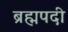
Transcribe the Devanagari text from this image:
ब्रह्मपदी